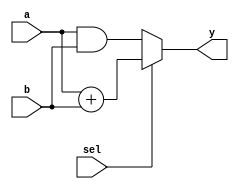
module combinational_logic (
    input wire [3:0] a,      // 4-bit input
    input wire [3:0] b,      // 4-bit input
    input wire sel,          // 1-bit select input
    output reg [3:0] y       // 4-bit output
);

    // Combinational logic block
    always @(*) begin
        // Default output
        y = 4'b0000;

        // Logic implementation
        if (sel) begin
            // If sel is high, output the sum of a and b
            y = a + b;
        end else begin
            // If sel is low, output the bitwise AND of a and b
            y = a & b;
        end
    end

endmodule